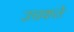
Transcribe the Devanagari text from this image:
उचकते